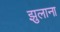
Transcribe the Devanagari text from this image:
झुलाना